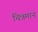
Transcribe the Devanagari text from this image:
चित्रमान